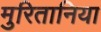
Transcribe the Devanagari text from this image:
मुरितानिया